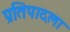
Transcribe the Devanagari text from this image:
प्रतिपादला